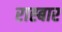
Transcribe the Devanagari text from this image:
राह्बार